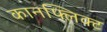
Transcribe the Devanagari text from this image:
कानफ्लिक्ट